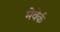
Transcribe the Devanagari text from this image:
मेवेर्क